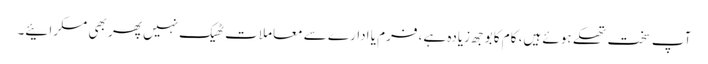
آپ سخت تھکے ہوئے ہیں، کام کا بوجھ زیادہ ہے، فرم یا ادارے سے معاملات ٹھیک نہیں پھر بھی مسکرائیے۔